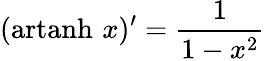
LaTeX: (\operatorname{artanh}\, x)^{\prime}={\frac{1}{1-x^{2}}}